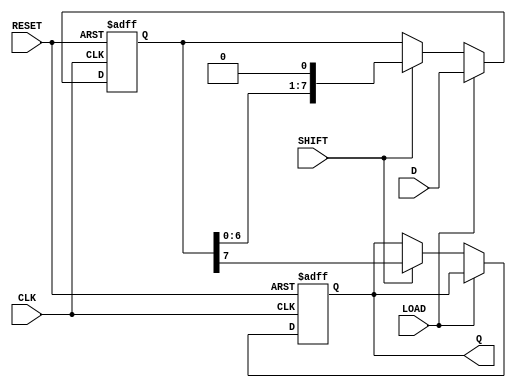
module PISO #(parameter n = 8) (
    input wire [n-1:0] D,     // Parallel data input
    input wire LOAD,          // Load enable signal
    input wire SHIFT,         // Shift enable signal
    input wire CLK,           // Clock signal
    input wire RESET,         // Asynchronous reset signal
    output reg Q              // Serial output
);

    reg [n-1:0] REG;          // Internal storage register

    always @(posedge CLK or posedge RESET) begin
        if (RESET) begin
            REG <= {n{1'b0}};  // Clear the register to 0 on reset
            Q <= 1'b0;         // Clear serial output
        end else begin
            if (LOAD) begin
                REG <= D;      // Load data into the register
            end else if (SHIFT) begin
                Q <= REG[n-1]; // Output the MSB to Q
                REG <= {REG[n-2:0], 1'b0}; // Shift right
            end
        end
    end

endmodule